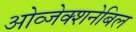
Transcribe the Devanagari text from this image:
ओव्जेक्शनेबिल